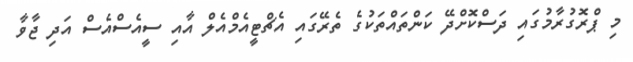
މި ޕްރޮގުރާމުގައި ދަސްކޮށްދޭ ކަންތައްތަކުގެ ތެރޭގައި އެޗްޓީއެމްއެލް އާއި ސީއެސްއެސް އަދި ޖާވާ